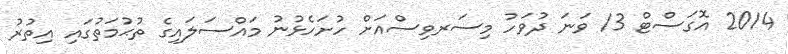
2014 އޮގަސްޓް 13 ވަނަ ދުވަހު މިސަރވިސްއަށް ހުށަހެޅުނު މައްސަލައިގެ ތުޙުމަތުގައި އިތުރު